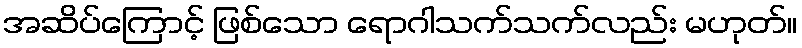
အဆိပ်ကြောင့် ဖြစ်သော ရောဂါသက်သက်လည်း မဟုတ်။